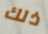
ذلك